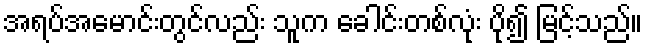
အရပ်အမောင်းတွင်လည်း သူက ခေါင်းတစ်လုံး ပို၍ မြင့်သည်။